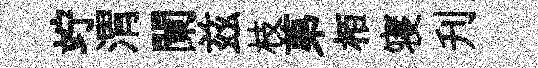
竚渭闌兹枝苐栢寝刋